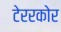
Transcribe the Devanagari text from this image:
टेररकोर